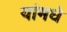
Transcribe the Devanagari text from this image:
यांमधे